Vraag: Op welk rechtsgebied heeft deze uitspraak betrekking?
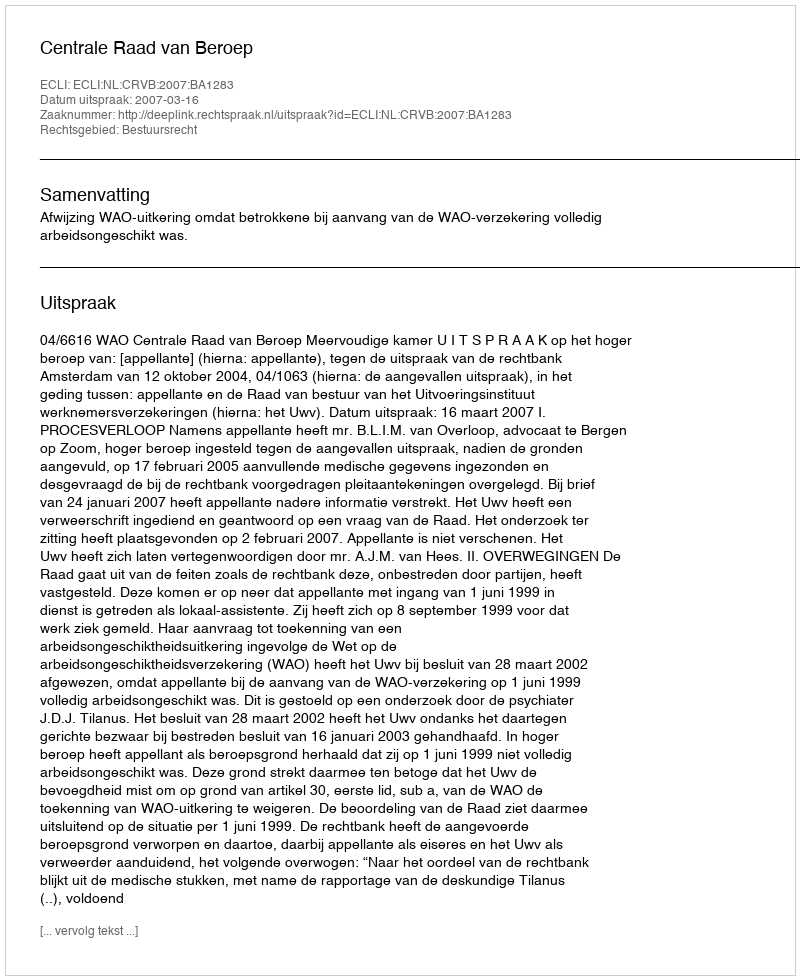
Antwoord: Bestuursrecht